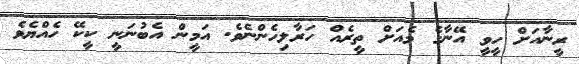
ރީނާއަށް ހީވީ އޭނާގެ މެއަށް ތީރެއް ހަރާލިހެންނެވެ. އަމީން އެބުނަނީ ކީކޭ ހެއްޔެވެ